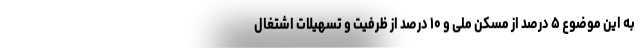
به این موضوع ۵ درصد از مسکن ملی و ۱۰ درصد از ظرفیت و تسهیلات اشتغال